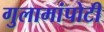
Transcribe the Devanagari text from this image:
गुलामांपोटी